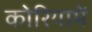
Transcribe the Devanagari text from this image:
कोरियामें